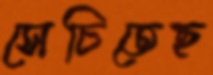
সেচিতেছ